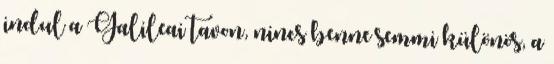
indul a Galileai tavon, nincs benne semmi különös, a